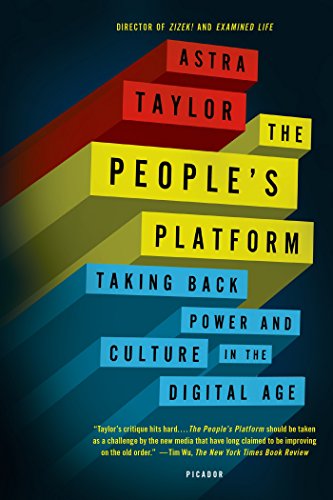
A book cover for The People's Platform: Taking Back Power and Culture in the Digital Age; Astra Taylor; Business & Money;